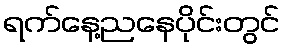
ရက်နေ့ညနေပိုင်းတွင်